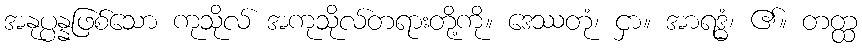
အနုပ္ပန္နဖြစ်သော ကုသိုလ် အကုသိုလ်တရားတို့ကို။ ဒေဿတုံ၊ ငှာ။ အာရဒ္ဓံ၊ ၏။ တတ္ထ